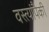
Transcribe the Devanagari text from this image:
वस्त्यांपैकी